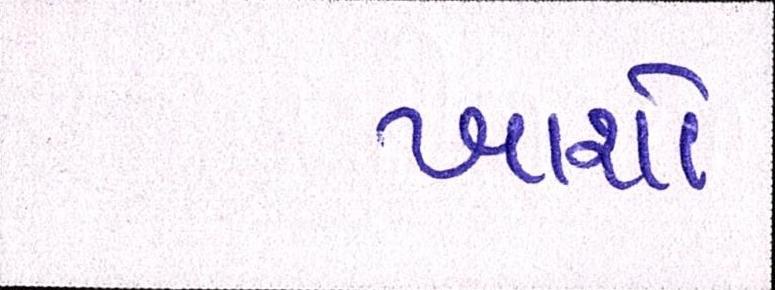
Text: ખાશો